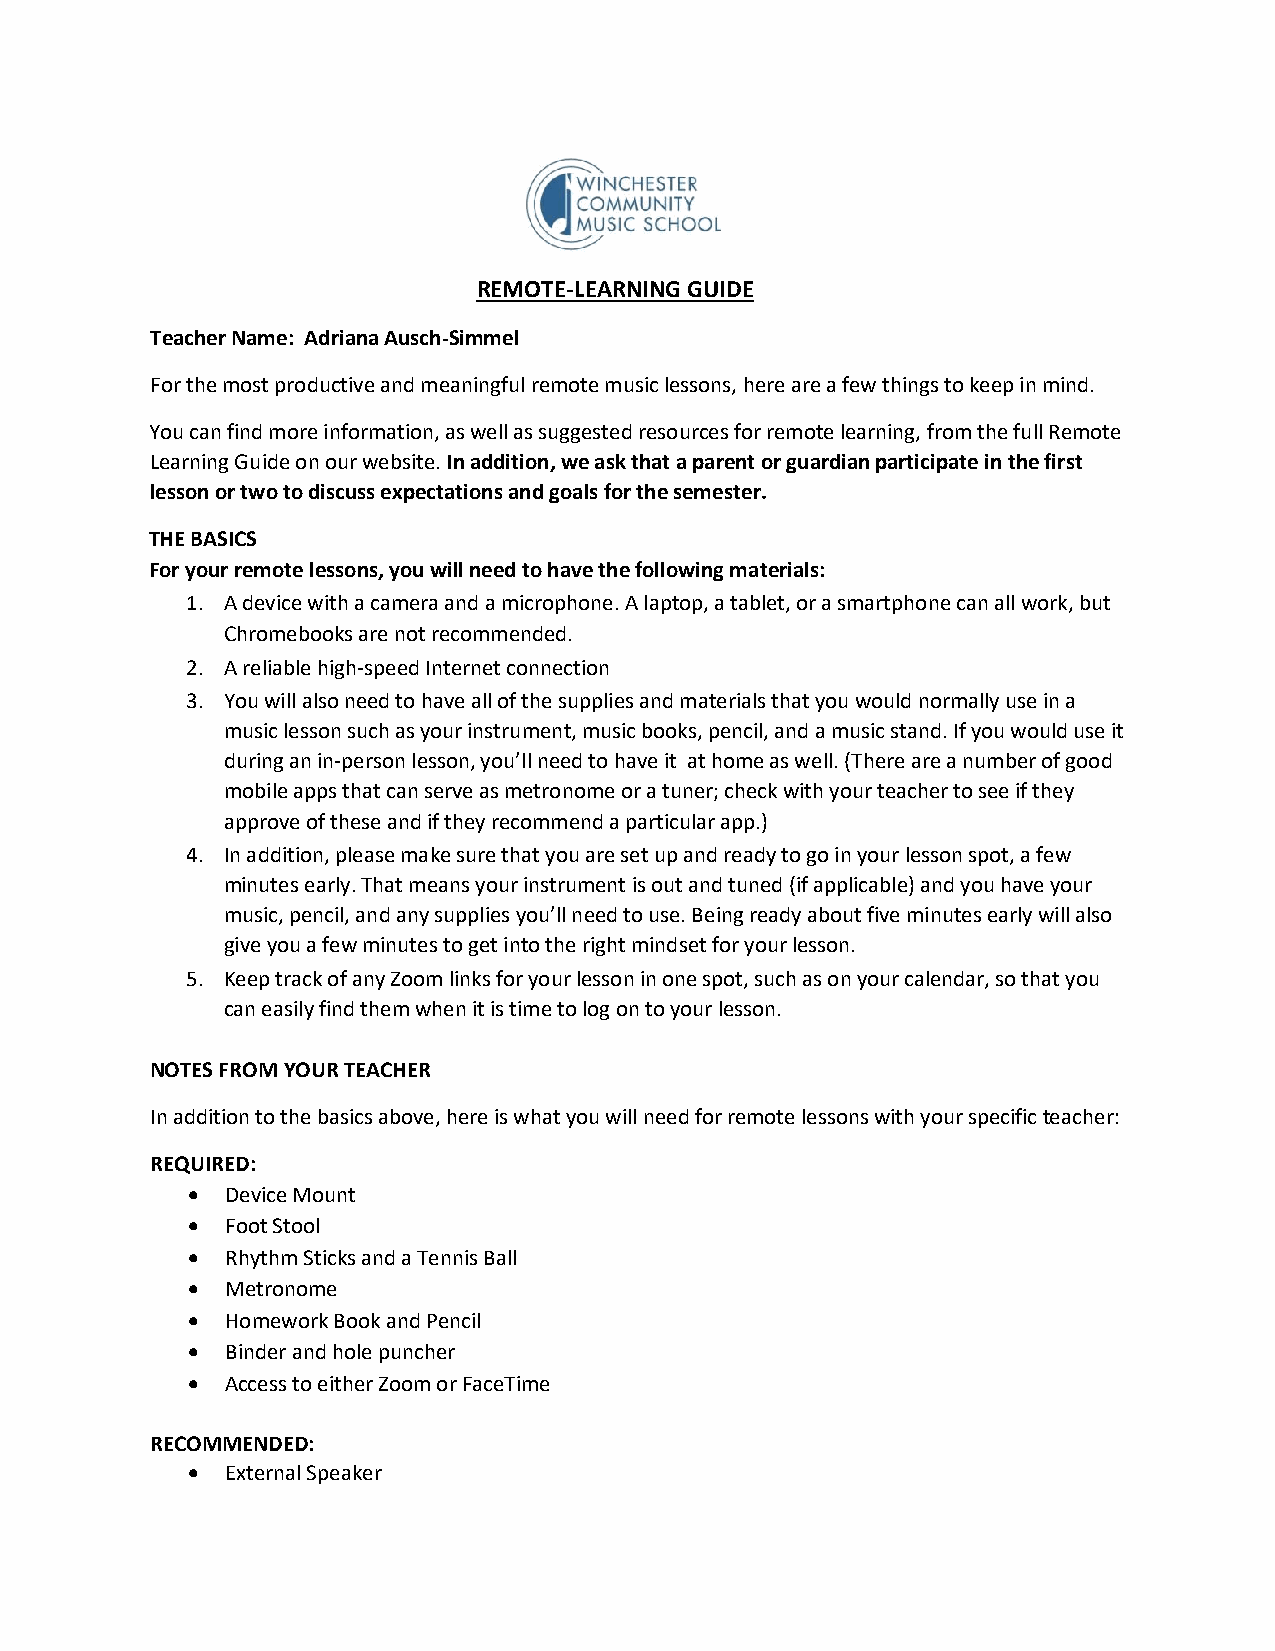
REMOTE-LEARNING GUIDE
 Teacher Name: Adriana Ausch-Simmel
 For the most productive and meaningful remote music lessons, here are a few things to keep in mind.
 You can find more information, as well as suggested resources for remote learning, from the full Remote
 Learning Guide on our website. In addition, we ask that a parent or guardian participate in the first
 lesson or two to discuss expectations and goals for the semester.
 THE BASICS
 For your remote lessons, you will need to have the following materials:
 1. A device with a camera and a microphone. A laptop, a tablet, or a smartphone can all work, but
 Chromebooks are not recommended.
 2. A reliable high-speed Internet connection
 3. You will also need to have all of the supplies and materials that you would normally use in a
 music lesson such as your instrument, music books, pencil, and a music stand. If you would use it
 during an in-person lesson, you’ll need to have it at home as well. (There are a number of good
 mobile apps that can serve as metronome or a tuner; check with your teacher to see if they
 approve of these and if they recommend a particular app.)
 4. In addition, please make sure that you are set up and ready to go in your lesson spot, a few
 minutes early. That means your instrument is out and tuned (if applicable) and you have your
 music, pencil, and any supplies you’ll need to use. Being ready about five minutes early will also
 give you a few minutes to get into the right mindset for your lesson.
 5. Keep track of any Zoom links for your lesson in one spot, such as on your calendar, so that you
 can easily find them when it is time to log on to your lesson.
 NOTES FROM YOUR TEACHER
 In addition to the basics above, here is what you will need for remote lessons with your specific teacher:
 REQUIRED:
 •  Device Mount
 •  Foot Stool
 •  Rhythm Sticks and a Tennis Ball
 •  Metronome
 •  Homework Book and Pencil
 •  Binder and hole puncher
 •  Access to either Zoom or FaceTime
 RECOMMENDED:
 •  External Speaker